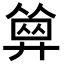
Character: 𢍩